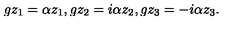
g z _ { 1 } = \alpha z _ { 1 } , g z _ { 2 } = i \alpha z _ { 2 } , g z _ { 3 } = - i \alpha z _ { 3 } .